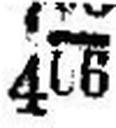
406